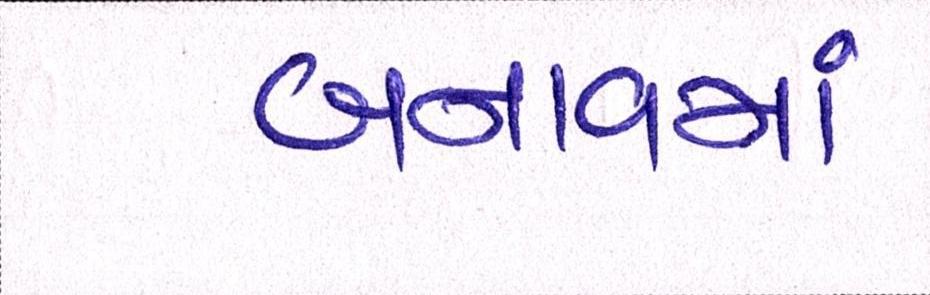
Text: બનાવમાં